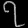
Digit: ၇